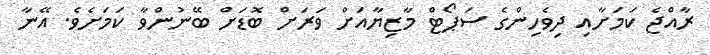
ރާއްޖެ ކަމަށާއި ދިވެހިންގެ ސަޕޯޓް މާޒިޔާއަށް ވަރަށް ބޮޑަށް ބޭނުންވާ ކަމަށެވެ. އޭނާ